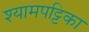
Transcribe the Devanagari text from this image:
श्यामपट्टिका